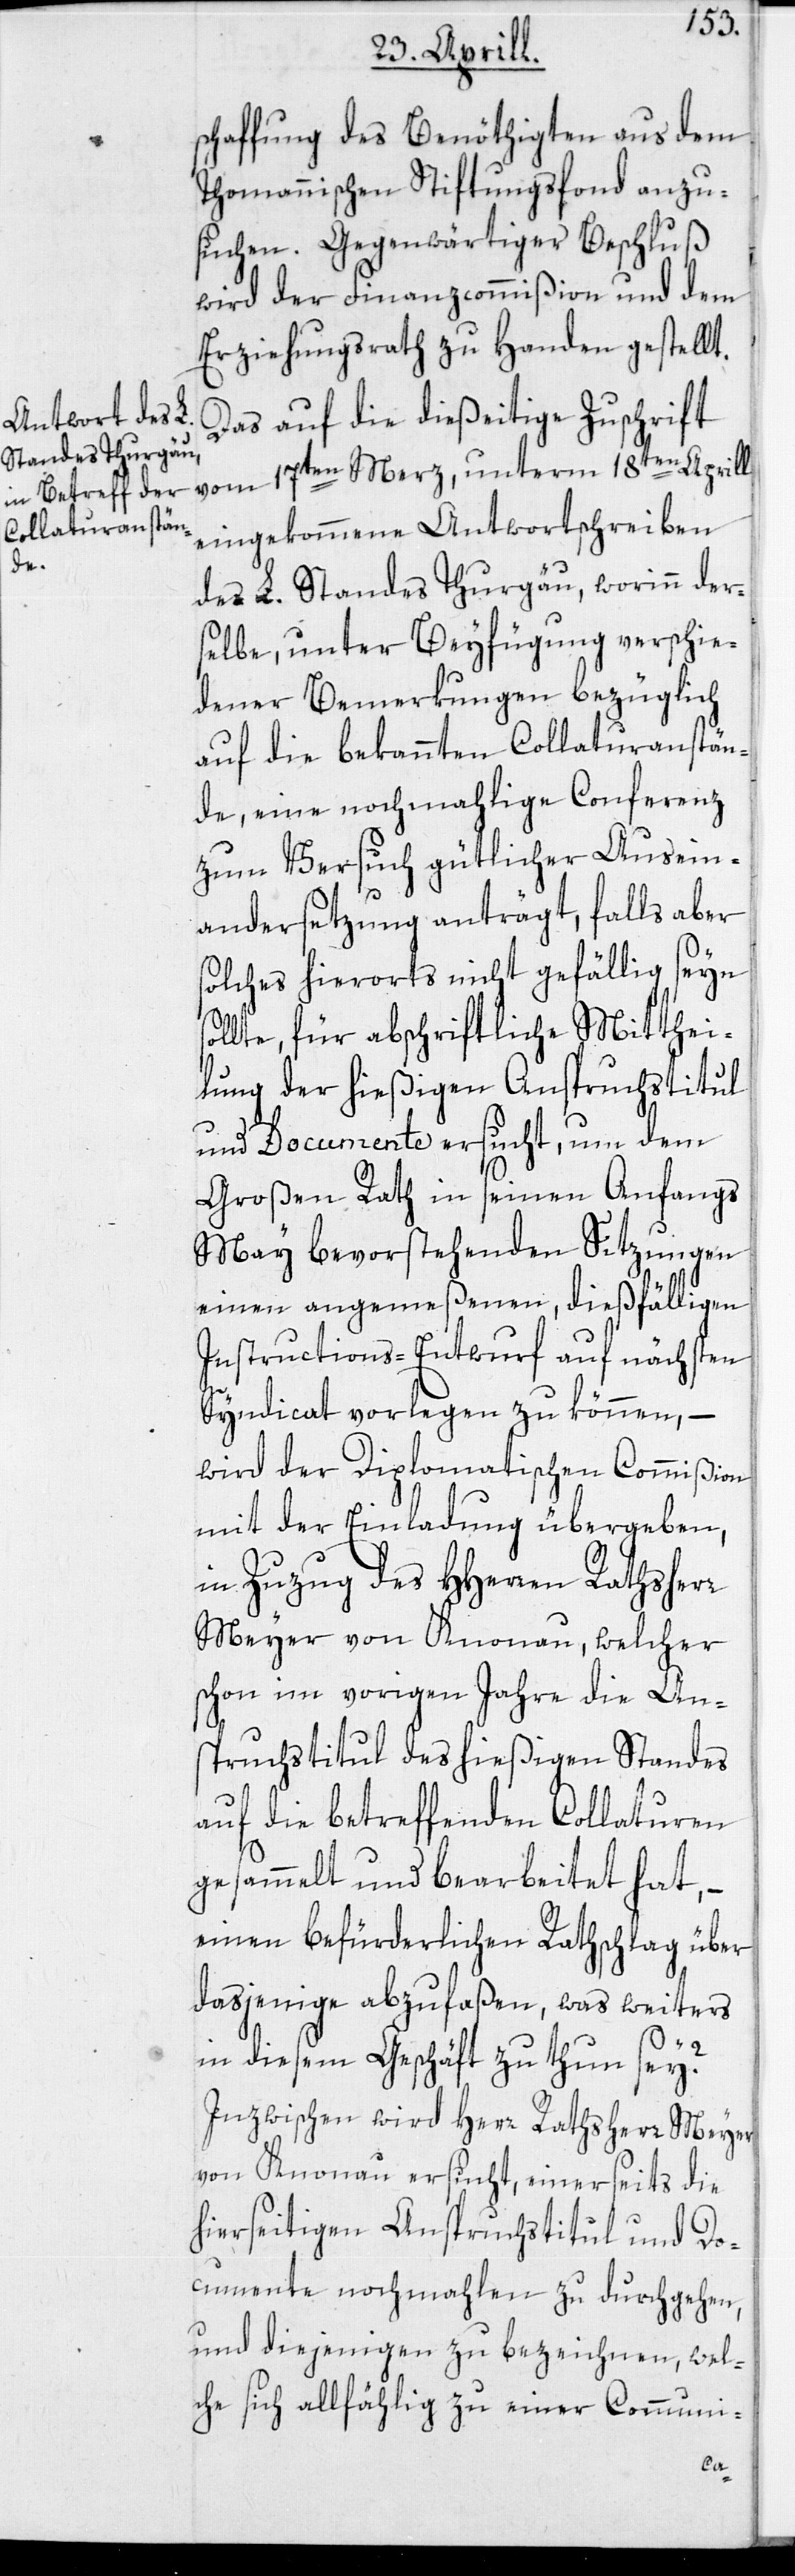
so¬

schaffung des Benöthigten aus dem
Thomannischen Stiftungsfond anzu¬
suchen. Gegenwärtiger Beschluß
wird der Finanzcommißion und dem
Erziehungsrath zu Handen gestellt.
Das auf die dießseitige Zuschrift
vom 17ten Merz, unterm 18ten Aprill
eingekommene Antwortschreiben
des L. Standes Thurgau, worinn der¬
selbe, unter Beyfügung verschie¬
dener Bemerkungen bezüglich
auf die bekannten Collaturanstän¬
de, eine nochmahlige Conferenz
zum Versuch gütlicher Ausein¬
andersetzung anträgt, falls aber
solches hierorts nicht gefällig seyn
llte, für abschriftliche Mitthei¬
lung der hießigen Anspruchstitul
und Documente ersucht, um dem
Großen Rath in seinen Anfangs
May bevorstehenden Sitzungen
einen angemeßenen, dießfälligen
Instructions-Entwurf auf nächsten
Syndicat vorlegen zu können, –
wird der Diplomatischen Commißion
mit der Einladung übergeben,
in Zuzug des HHerren Rathsherr
Meyer von Knonau, welcher
schon im vorigen Jahre die An¬
spruchstitul des hießigen Standes
auf die betreffenden Collaturen
gesammelt und bearbeitet hat, –
einen befürderlichen Rathschlag über
dasjenige abzufaßen, was weiters
in diesem Geschäft zu thun sey?
Inzwischen wird Herr Rathhsherr Meyer
von Knonau ersucht, einerseits die
hierseitigen Anspruchstitul und Do¬
cumente nochmahlen zu durchgehen,
und diejenigen zu bezeichnen, wel¬
che sich allfählig zu einer Communi-